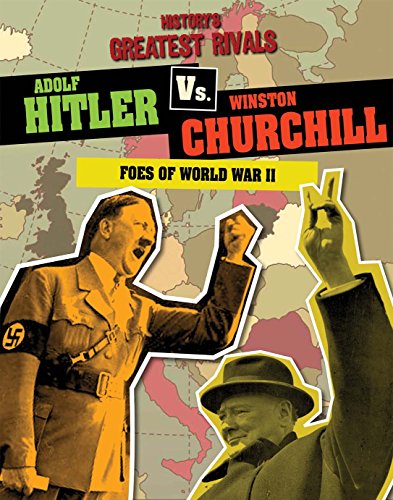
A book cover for Adolf Hitler vs. Winston Churchill: Foes of World War II (History's Greatest Rivals); Ellis Roxburgh; Children's Books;